Scottish Leaving Certificate Examination, 1954
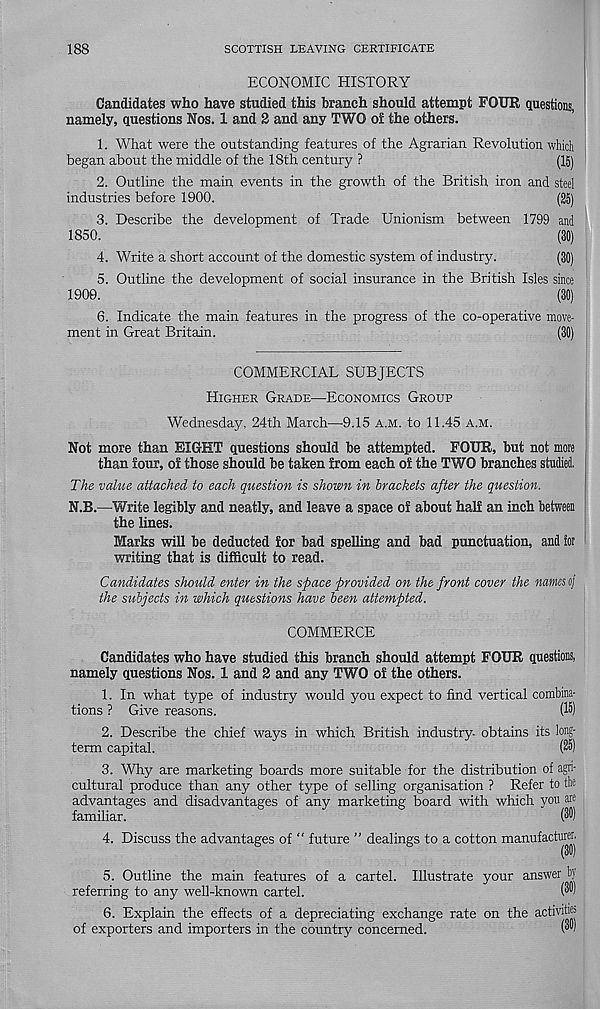
188
SCOTTISH LEAVING CERTIFICATE
ECONOMIC HISTORY
Candidates who have studied this branch should attempt FOUR questions,
namely, questions Nos. 1 and 2 and any TWO oi the others.
1. What were the outstanding features of the Agrarian Revolution which
began about the middle of the 18th century ?
(15)
2. Outline the main events in the growth of the British iron and steel
industries before 1900.
(25)
3. Describe the development of Trade Unionism between 1799 and
1850.
(30)
4. Write a short account of the domestic system of industry.
(30)
5. Outline the development of social insurance in the British Isles since
1909.
(30)
6. Indicate the main features in the progress of the co-operative move-
ment in Great Britain.
(30)
COMMERCIAL SUBJECTS
Higher Grade—Economics Group
Wednesday, 24th March—9.15 a.m. to 11.45 a.m.
Not more than EIGHT questions should be attempted. FOUR, but not more
than four, of those should be taken from each of the TWO branches studied.
The value attached to each question is shown in brackets after the question.
N.B.—Write legibly and neatly, and leave a space of about half an inch between
the lines.
Marks will be deducted for bad spelling and bad punctuation, and tor
writing that is difficult to read.
Candidates should enter in the space provided on the front cover the names cf
the subjects in which questions have been attempted.
COMMERCE
Candidates who have studied this branch should attempt FOUR questions,
namely questions Nos. 1 and 2 and any TWO of the others.
1. In what type of industry would you expect to find vertical combina-
tions ? Give reasons.
(15)
2. Describe the chief ways in which British industry- obtains its long-
term capital.
(25)
3. Why are marketing boards more suitable for the distribution of agn-
cultural produce than any other type of selling organisation ? Refer to the
advantages and disadvantages of any marketing board with which you are
familiar.
(®
4. Discuss the advantages of “ future ” dealings to a cotton manufacturer.
5. Outline the main features of a cartel. Illustrate your answer by
referring to any well-known cartel.
(™
6. Explain the effects of a depreciating exchange rate on the activities
of exporters and importers in the country concerned.
(""'